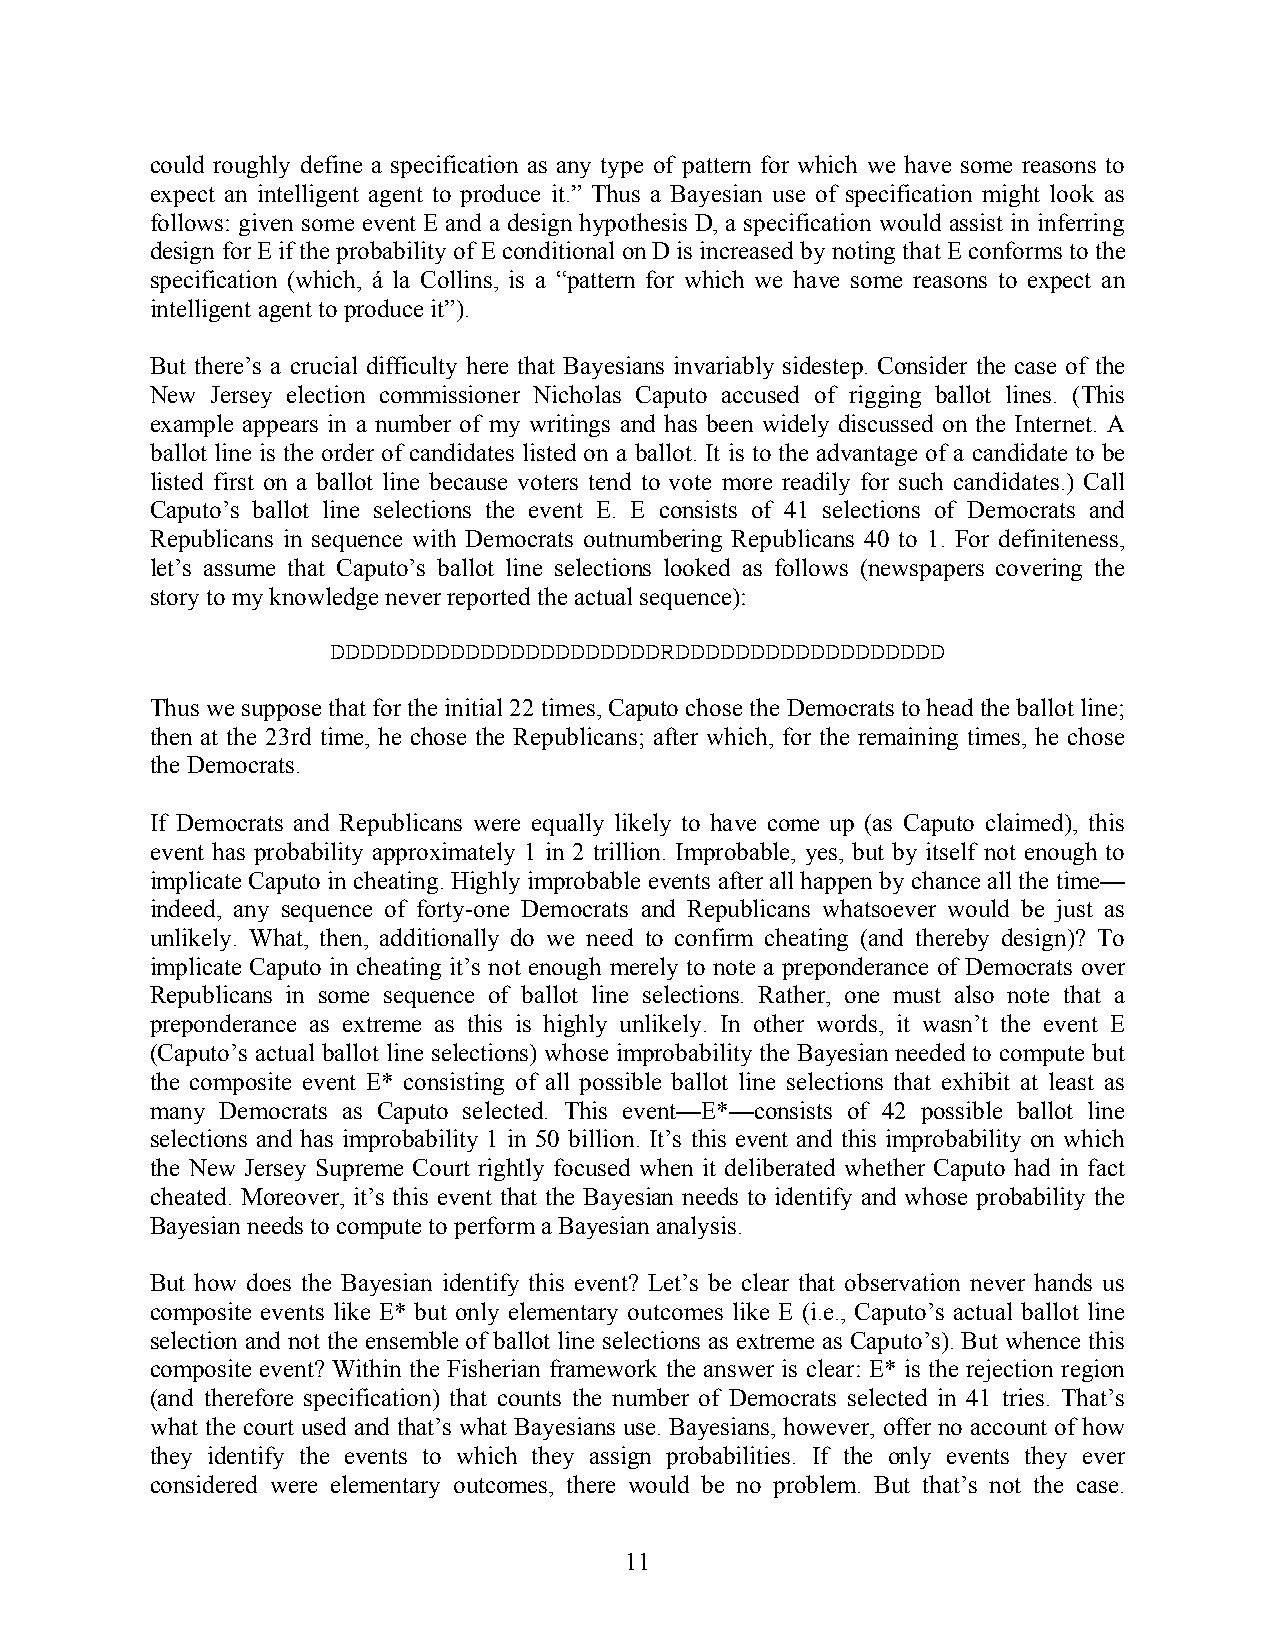
could roughly define a specification as any type of pattern for which we have some reasons to
 expect an intelligent agent to produce it.” Thus a Bayesian use of specification might look as
 follows: given some event E and a design hypothesis D, a specification would assist in inferring
 design for E if the probability of E conditional on D is increased by noting that E conforms to the
 specification (which, á la Collins, is a “pattern for which we have some reasons to expect an
 intelligent agent to produce it”).
 But there’s a crucial difficulty here that Bayesians invariably sidestep. Consider the case of the
 New Jersey election commissioner Nicholas Caputo accused of rigging ballot lines. (This
 example appears in a number of my writings and has been widely discussed on the Internet. A
 ballot line is the order of candidates listed on a ballot. It is to the advantage of a candidate to be
 listed first on a ballot line because voters tend to vote more readily for such candidates.) Call
 Caputo’s ballot line selections the event E. E consists of 41 selections of Democrats and
 Republicans in sequence with Democrats outnumbering Republicans 40 to 1. For definiteness,
 let’s assume that Caputo’s ballot line selections looked as follows (newspapers covering the
 story to my knowledge never reported the actual sequence):
 DDDDDDDDDDDDDDDDDDDDDDRDDDDDDDDDDDDDDDDDD
 Thus we suppose that for the initial 22 times, Caputo chose the Democrats to head the ballot line;
 then at the 23rd time, he chose the Republicans; after which, for the remaining times, he chose
 the Democrats.
 If Democrats and Republicans were equally likely to have come up (as Caputo claimed), this
 event has probability approximately 1 in 2 trillion. Improbable, yes, but by itself not enough to
 implicate Caputo in cheating. Highly improbable events after all happen by chance all the time—
 indeed, any sequence of forty-one Democrats and Republicans whatsoever would be just as
 unlikely. What, then, additionally do we need to confirm cheating (and thereby design)? To
 implicate Caputo in cheating it’s not enough merely to note a preponderance of Democrats over
 Republicans in some sequence of ballot line selections. Rather, one must also note that a
 preponderance as extreme as this is highly unlikely. In other words, it wasn’t the event E
 (Caputo’s actual ballot line selections) whose improbability the Bayesian needed to compute but
 the composite event E* consisting of all possible ballot line selections that exhibit at least as
 many Democrats as Caputo selected. This event—E*—consists of 42 possible ballot line
 selections and has improbability 1 in 50 billion. It’s this event and this improbability on which
 the New Jersey Supreme Court rightly focused when it deliberated whether Caputo had in fact
 cheated. Moreover, it’s this event that the Bayesian needs to identify and whose probability the
 Bayesian needs to compute to perform a Bayesian analysis.
 But how does the Bayesian identify this event? Let’s be clear that observation never hands us
 composite events like E* but only elementary outcomes like E (i.e., Caputo’s actual ballot line
 selection and not the ensemble of ballot line selections as extreme as Caputo’s). But whence this
 composite event? Within the Fisherian framework the answer is clear: E* is the rejection region
 (and therefore specification) that counts the number of Democrats selected in 41 tries. That’s
 what the court used and that’s what Bayesians use. Bayesians, however, offer no account of how
 they identify the events to which they assign probabilities. If the only events they ever
 considered were elementary outcomes, there would be no problem. But that’s not the case.
 11